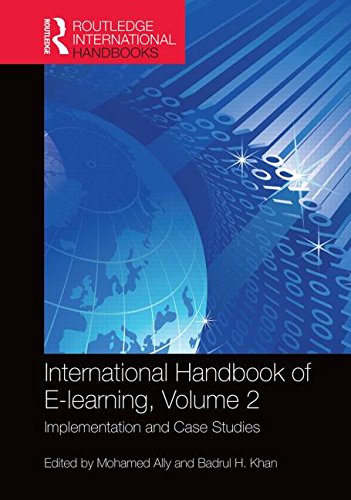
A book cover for International Handbook of E-Learning Volume 2: Implementation and Case Studies (Routledge International Handbooks of Education); Education & Teaching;